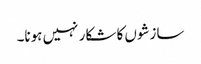
سازشوں کا شکار نہیں ہونا۔